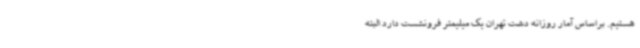
هستیم. براساس آمار روزانه دشت تهران یک میلیمتر فرونشست دارد البته